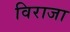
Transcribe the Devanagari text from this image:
विराजा